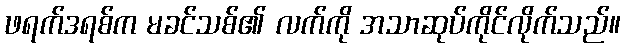
ဖရက်ဒရစ်က မခင်သစ်၏ လက်ကို အသာဆုပ်ကိုင်လိုက်သည်။